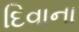
દિવાના